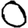
Digit: 0